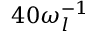
4 0 \omega _ { l } ^ { - 1 }